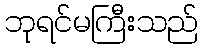
ဘုရင်မကြီးသည်